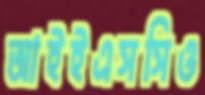
আইইএসসিও